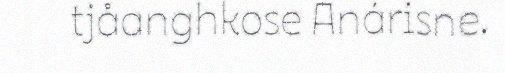
tjåanghkose Anárisne.